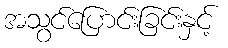
အသွင်ပြောင်းခြင်းနှင့်